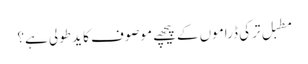
مطبل ترکی ڈراموں کےپیچھے موصوف کا ید طولی ہے؟